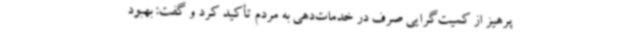
پرهیز از کمیت‌گرایی صرف در خدمات‌دهی به مردم تأکید کرد و گفت: بهبود